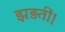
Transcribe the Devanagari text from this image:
झड़तीं।